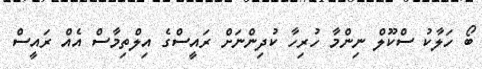
ބޯ ހަލާކު ސްކޫލް ނިންމާ ހުރިހާ ކުދިންނަށް ރައީސްގެ އިލްތިމާސް އެއް ރައީސް